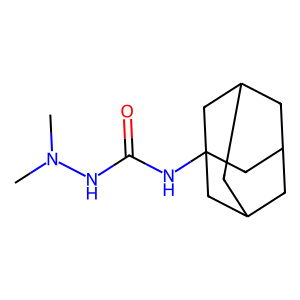
SMILES: CN(C)NC(=O)NC12CC3CC(CC(C3)C1)C2
Inhibits HIV replication: No